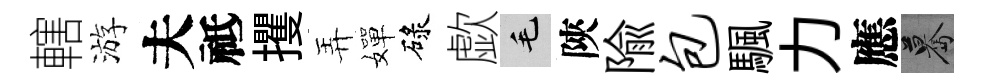
轄游夫祗攫弄嬋碌歔毛陝隃包颿力應驀